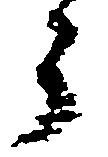
う